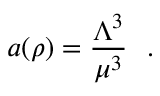
a ( \rho ) = \frac { \Lambda ^ { 3 } } { \mu ^ { 3 } } ~ ~ .